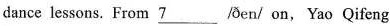
dance lessons. From \underline{7 } /ðen/ on, Yao Qifeng